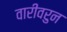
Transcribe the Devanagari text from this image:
वारीवरुन